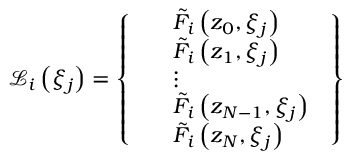
{ { \mathcal { L } _ { i } } \left( { { \xi } _ { j } } \right) = \left\{ \begin{array} { l } { \begin{array} { r l } & { { { { \tilde { F } } } _ { i } } \left( { { z } _ { 0 } } , { { \xi } _ { j } } \right) } \\ & { { { { \tilde { F } } } _ { i } } \left( { { z } _ { 1 } } , { { \xi } _ { j } } \right) } \\ & { \vdots } \\ & { { { { \tilde { F } } } _ { i } } \left( { { z } _ { N - 1 } } , { { \xi } _ { j } } \right) } \\ & { { { { \tilde { F } } } _ { i } } \left( { { z } _ { N } } , { { \xi } _ { j } } \right) } \end{array} } \end{array} \right\} }